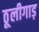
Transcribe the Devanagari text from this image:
ठूलीगाड़